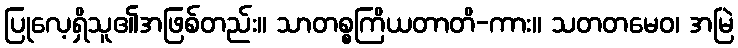
ပြုလေ့ရှိသူ၏အဖြစ်တည်း။ သာတစ္စကြိယတာတိ-ကား။ သတတမေဝ၊ အမြဲ